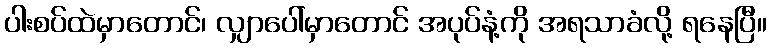
ပါးစပ်ထဲမှာတောင်၊ လျှာပေါ်မှာတောင် အပုပ်နံ့ကို အရသာခံလို့ ရနေပြီ။